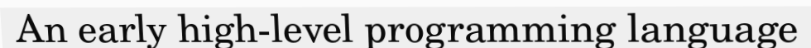
An early high-level programming language